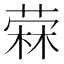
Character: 𰘓